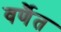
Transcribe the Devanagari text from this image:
वर्णैत